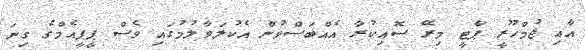
އާއި ޖުމްހޫރީ ޕާޓީ މިރޭ ސޮއިކުރާ އެއްބަސްވުން އެކުލަވާލުމުގައި ވެސް ޕީޕީއެމްގެ ގިނަ